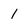
Character: 1